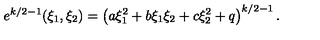
e ^ { k / 2 - 1 } ( \xi _ { 1 } , \xi _ { 2 } ) = \left( a \xi _ { 1 } ^ { 2 } + b \xi _ { 1 } \xi _ { 2 } + c \xi _ { 2 } ^ { 2 } + q \right) ^ { k / 2 - 1 } .